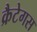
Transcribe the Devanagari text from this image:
क्रैटेगस